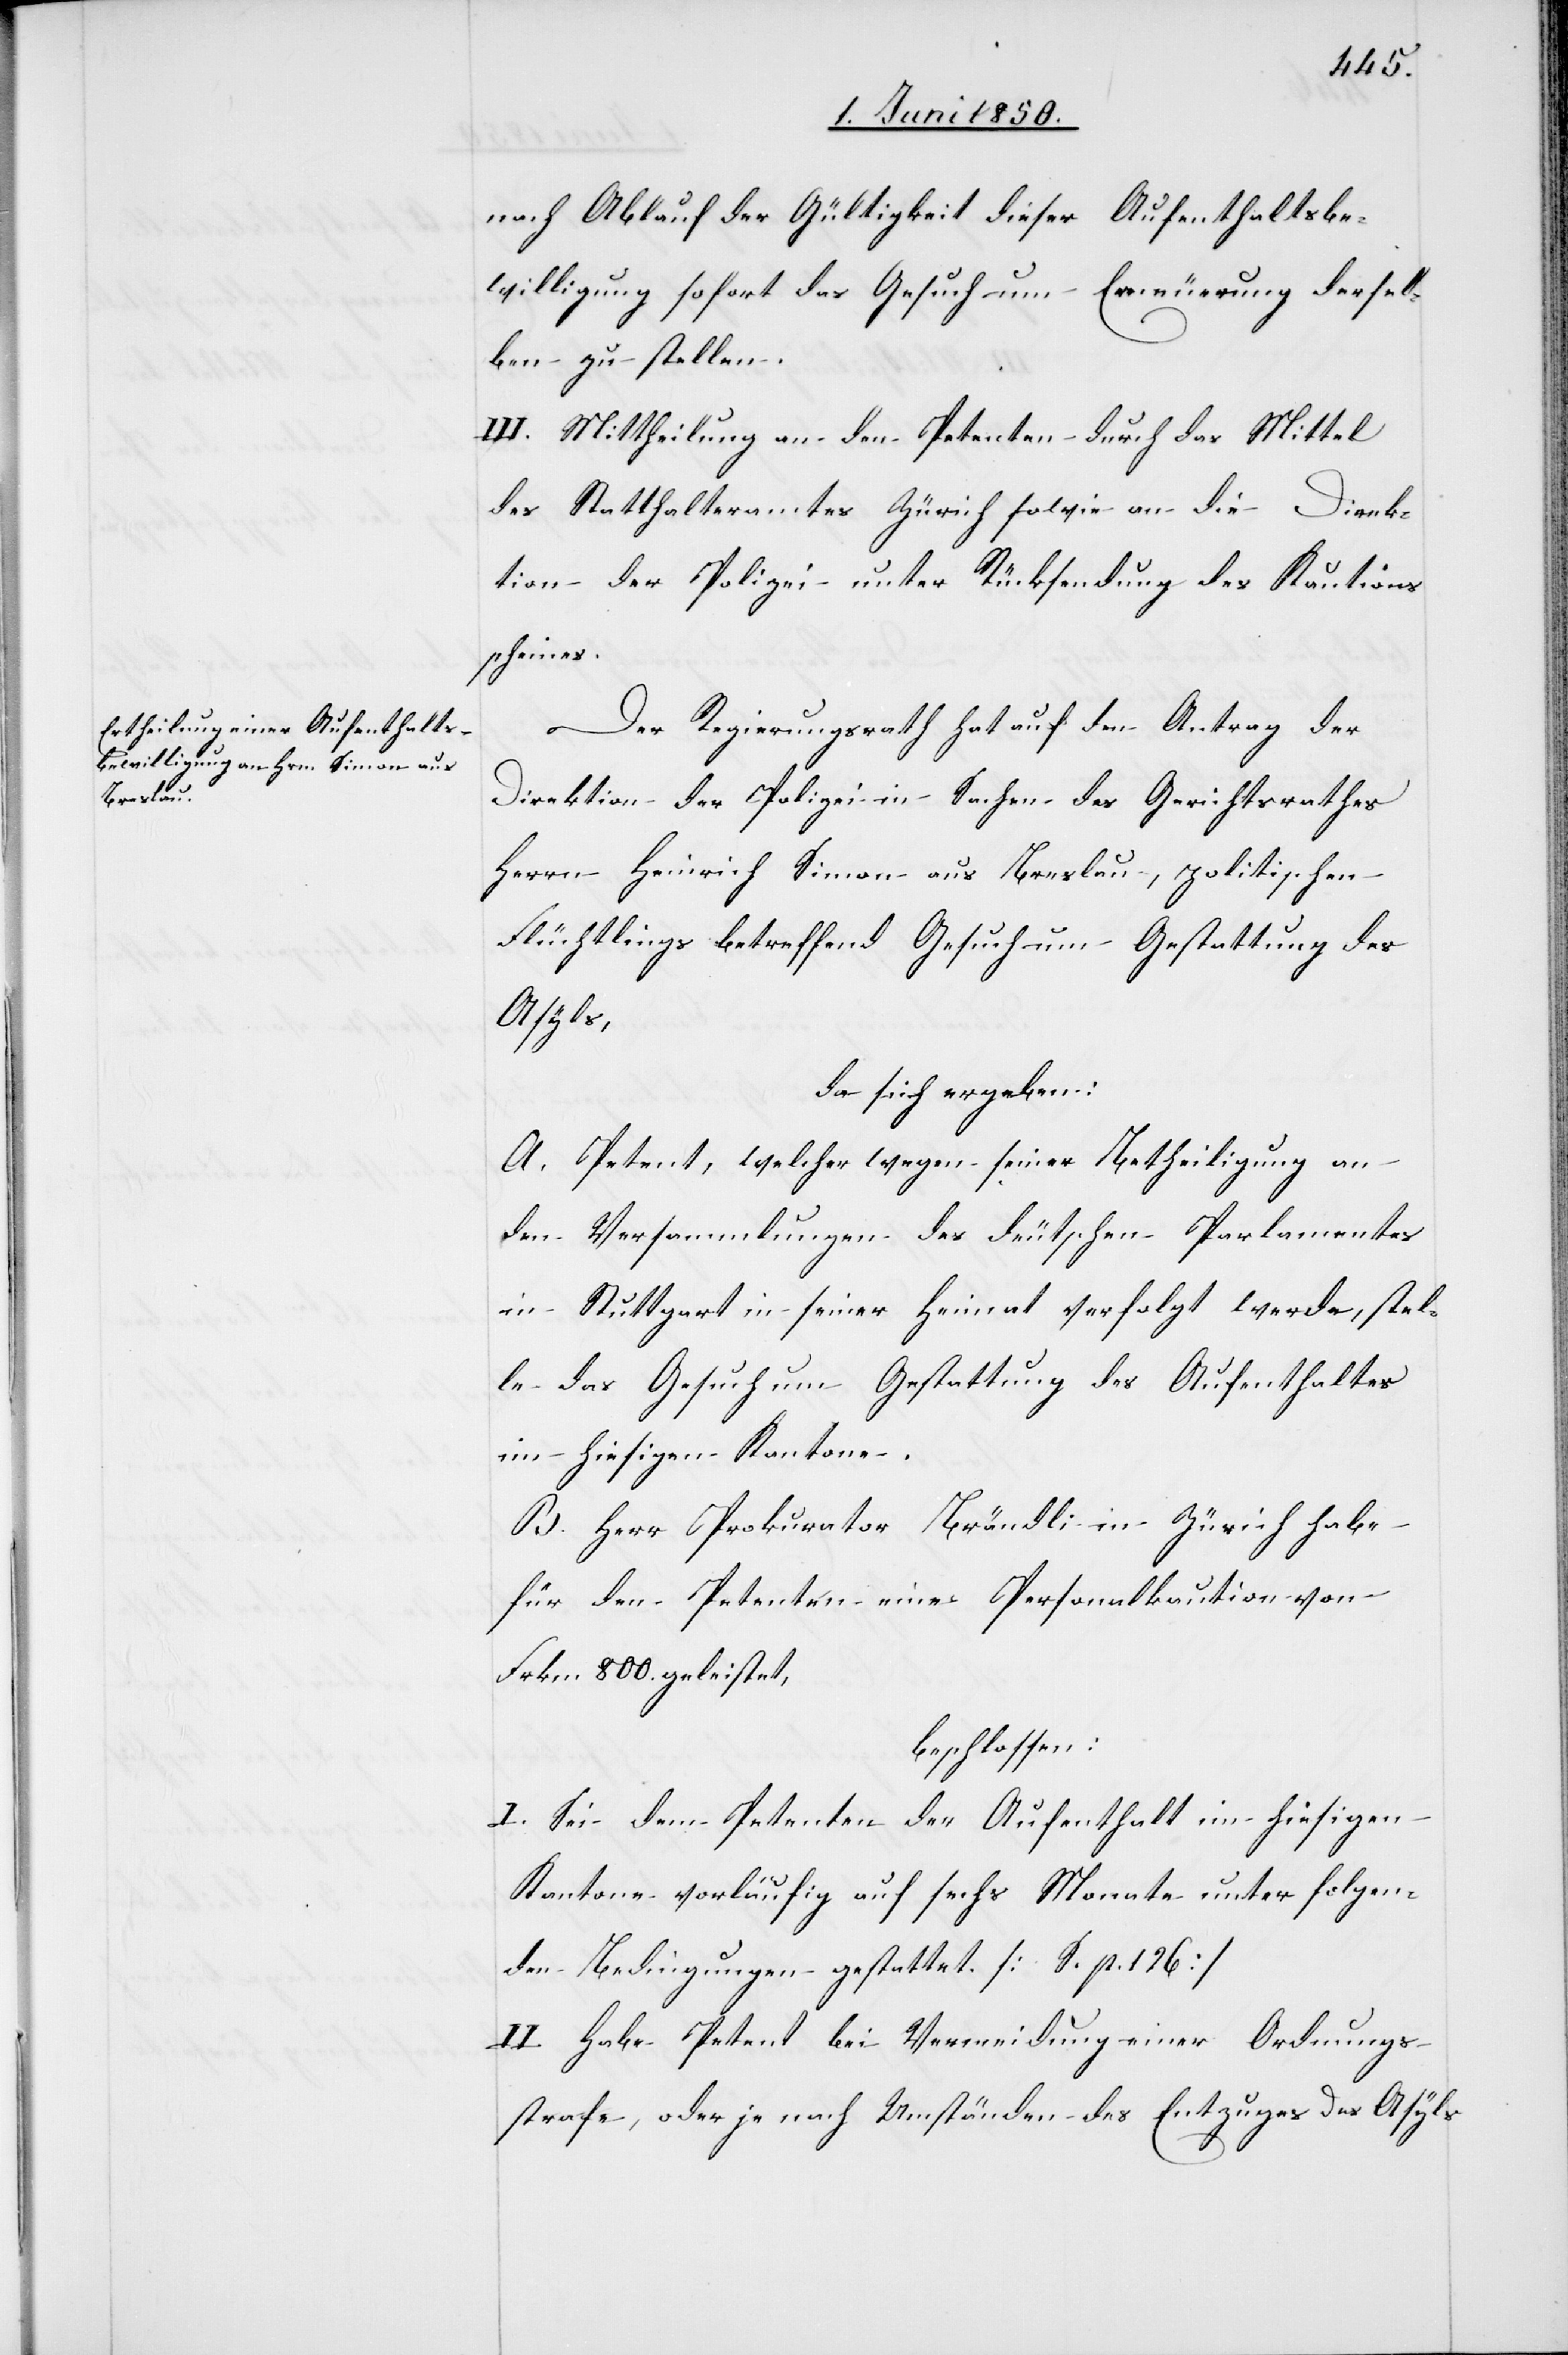
nach Ablauf der Gültigkeit dieser Aufenthaltsbe¬
willigung sofort das Gesuch um Erneuerung dersel¬
ben zu stellen.
III. Mittheilung an den Petenten durch das Mittel
des Statthalteramtes Zürich sowie an die Direk¬
tion der Polizei unter Rücksendung des Kautions¬
scheines.
Der Regierungsrath hat auf den Antrag der
Direktion der Polizei in Sachen des Gerichtsrathes
Herrn Heinrich Simon aus Breslau, politischen
Flüchtlings betreffend Gesuch um Gestattung des
Asyls,
da sich ergeben:
A. Petent, welcher wegen seiner Betheiligung an
den Versammlungen des deutschen Parlamentes
in Stuttgart in seiner Heimat verfolgt werde, stel¬
le das Gesuch um Gestattung des Aufenthaltes
im hiesigen Kantone.
B. Herr Prokurator Brändli in Zürich habe
für den Petenten eine Personalkaution von
Frkn. 800. geleistet,
beschlossen:
I. Sei dem Petenten der Aufenthalt im hiesigen
Kantone vorläufig auf sechs Monate unter folgen¬
den Bedingungen gestattet. [S. p. 126]
II. Habe Petent bei Vermeidung einer Ordnungs¬
strafe, oder je nach Umständen des Entzuges des Asyls